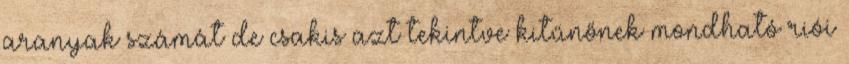
aranyak számát de csakis azt tekintve kitűnőnek mondható riói